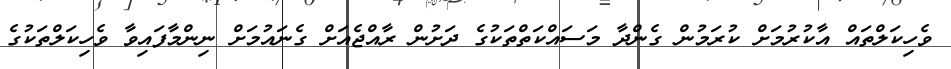
ވެހިކަލްތައް އާކުރުމަށް ކުރަމުން ގެންދާ މަސައްކަތްތަކުގެ ދަށުން ރާއްޖެއަށް ގެނައުމަށް ނިންމާފައިވާ ވެހިކަލްތަކުގެ